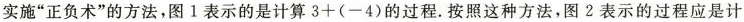
实施”正负术”的方法，图1表示的是计算$$3+(-4)$$的过程.按照这种方法，图2表示的过程应是计